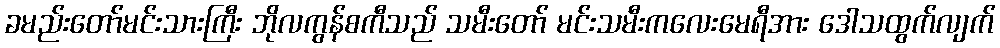
ခမည်းတော်မင်းသားကြီး ဘိုလကွန်စကီသည် သမီးတော် မင်းသမီးကလေးမေရီအား ဒေါသထွက်လျက်